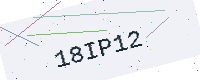
Text: 18IP12